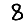
Digit: 8